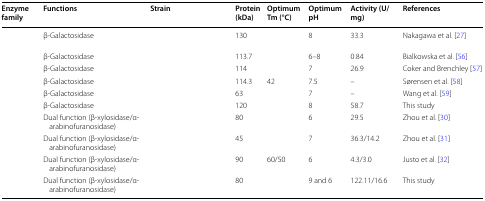
<table><thead><tr><td><b>Enzyme family</b></td><td><b>Functions</b></td><td><b>Strain</b></td><td><b>Protein (kDa)</b></td><td><b>Optimum Tm (°C)</b></td><td><b>Optimum pH</b></td><td><b>Activity (U/mg)</b></td><td><b>References</b></td></tr></thead><tbody><tr><td>[EMPTY_CELL]</td><td>β-Galactosidase</td><td>[EMPTY_CELL]</td><td>130</td><td>[EMPTY_CELL]</td><td>8</td><td>33.3</td><td>Nakagawa et al. [27]</td></tr><tr><td>[EMPTY_CELL]</td><td>β-Galactosidase</td><td>[EMPTY_CELL]</td><td>113.7</td><td>[EMPTY_CELL]</td><td>6–8</td><td>0.84</td><td>Bialkowska et al. [56]</td></tr><tr><td>[EMPTY_CELL]</td><td>β-Galactosidase</td><td>[EMPTY_CELL]</td><td>114</td><td>[EMPTY_CELL]</td><td>7</td><td>26.9</td><td>Coker and Brenchley [57]</td></tr><tr><td>[EMPTY_CELL]</td><td>β-Galactosidase</td><td>[EMPTY_CELL]</td><td>114.3</td><td>42</td><td>7.5</td><td>–</td><td>Sørensen et al. [58]</td></tr><tr><td>[EMPTY_CELL]</td><td>β-Galactosidase</td><td>[EMPTY_CELL]</td><td>63</td><td>[EMPTY_CELL]</td><td>7</td><td>–</td><td>Wang et al. [59]</td></tr><tr><td>[EMPTY_CELL]</td><td>β-Galactosidase</td><td>[EMPTY_CELL]</td><td>120</td><td>[EMPTY_CELL]</td><td>8</td><td>58.7</td><td>This study</td></tr><tr><td>[EMPTY_CELL]</td><td>Dual function (β-xylosidase/α-arabinofuranosidase)</td><td>[EMPTY_CELL]</td><td>80</td><td>[EMPTY_CELL]</td><td>6</td><td>29.5</td><td>Zhou et al. [30]</td></tr><tr><td>[EMPTY_CELL]</td><td>Dual function (β-xylosidase/α-arabinofuranosidase)</td><td>[EMPTY_CELL]</td><td>45</td><td>[EMPTY_CELL]</td><td>7</td><td>36.3/14.2</td><td>Zhou et al. [31]</td></tr><tr><td>[EMPTY_CELL]</td><td>Dual function (β-xylosidase/α-arabinofuranosidase)</td><td>[EMPTY_CELL]</td><td>90</td><td>60/50</td><td>6</td><td>4.3/3.0</td><td>Justo et al. [32]</td></tr><tr><td>[EMPTY_CELL]</td><td>Dual function (β-xylosidase/α-arabinofuranosidase)</td><td>[EMPTY_CELL]</td><td>80</td><td>[EMPTY_CELL]</td><td>9 and 6</td><td>122.11/16.6</td><td>This study</td></tr></tbody></table>